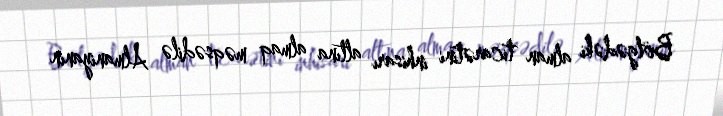
Bölgədəki alman ticarətini inhisarı altına almaq məqsədilə Almaniyanın